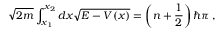
\sqrt { 2 m } \int _ { x _ { 1 } } ^ { x _ { 2 } } d x \sqrt { E - V ( x ) } = \left( n + \frac { 1 } { 2 } \right) \hbar \pi \, ,